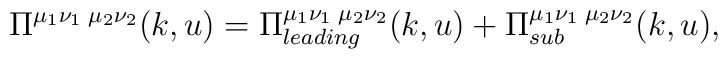
\Pi^{\mu_1\nu_1\;\mu_2\nu_2}(k,u)=\Pi^{\mu_1\nu_1\;\mu_2\nu_2}_{leading}(k,u)+\Pi^{\mu_1\nu_1\;\mu_2\nu_2}_{sub}(k,u),